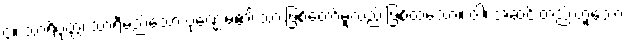
၄။ သာရိပုတ္တံ၊ သာရီမည်သော ပုဏ္ဏေးမ၏ သားဖြစ်တော်မူလည်းဖြစ်ထသော။ ဝါ၊ အဆင်းတည်းဟူသော